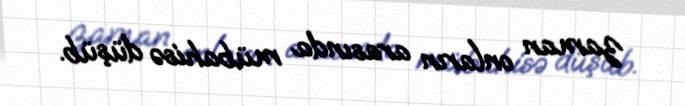
zaman onların arasında mübahisə düşüb.